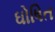
ઘોષિત